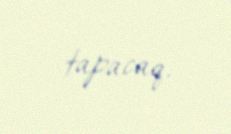
tapacaq.